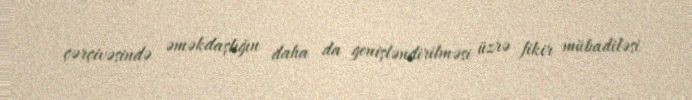
çərçivəsində əməkdaşlığın daha da genişləndirilməsi üzrə fikir mübadiləsi